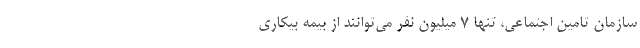
سازمان تامین اجتماعی، تنها ۷ میلیون نفر می‌توانند از بیمه بیکاری